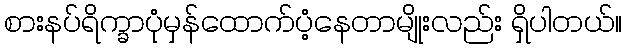
စားနပ်ရိက္ခာပုံမှန်ထောက်ပံ့နေတာမျိုးလည်း ရှိပါတယ်။